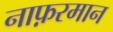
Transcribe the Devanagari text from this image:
नाफ़रमान